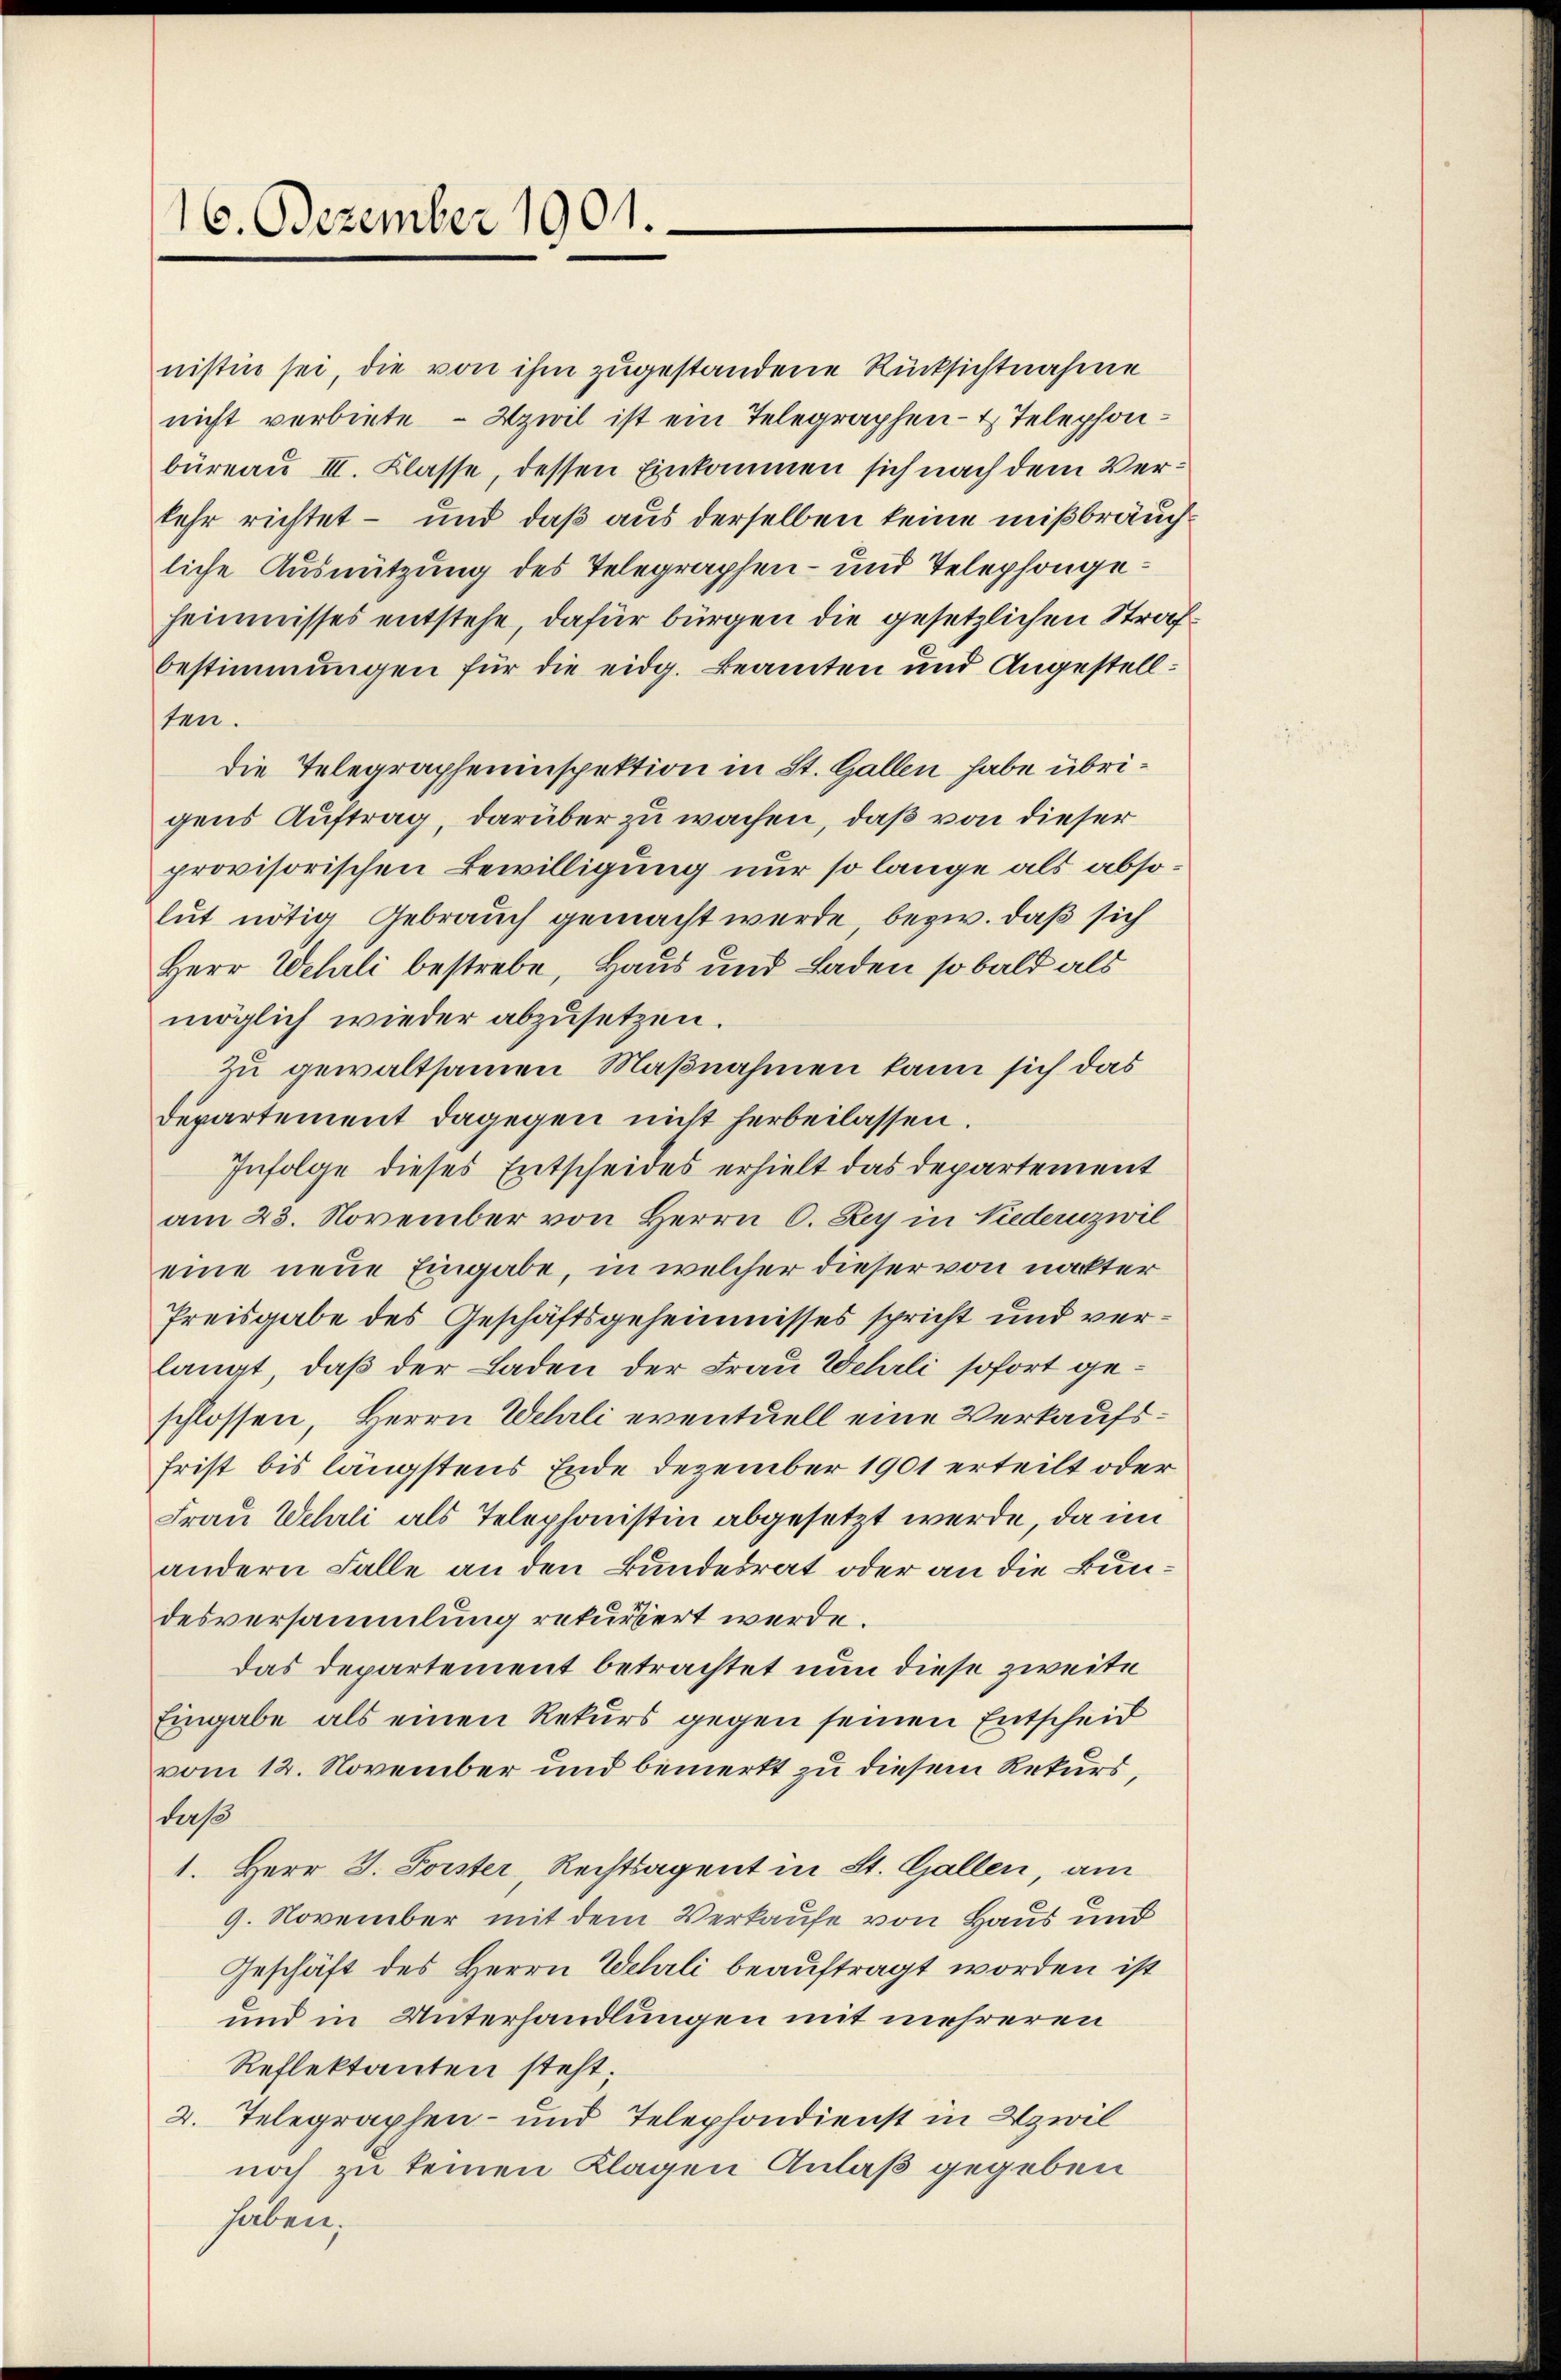
16. Dezember 1901.

nistin sei, die von ihm zugestandene Rücksichtnahme
nicht verbiete – Uzwil ist ein Telegraphen- & Telephonbüreau III. Klasse, dessen Einkommen sich nach dem Versehr richtet – und daß aus derselben keine mißbräuchliche Ausnützung des Telegraphen- und Telephongeheimisses entstehe, dafür bürgen die gesetzlichen Strafbestimmungen für die eidg. Beamten und Angestellten.
die Telegrapheninspektion in St. Gallen habe übrigens Auftrag, darüber zu wachen, daß von dieser
provisorischen Bewilligung nur so lange als absolut nötig Gebrauch gemacht werde, bezw. daß sich
Herr Wehrli bestrebe, Haus und Laden so bald als
möglich wieder abzusetzen.
zu gewaltsamen Maßnahmen kann sich das
Departement dagegen nicht herbeilassen.
Infolge dieses Entscheides erhielt das Departement
am 23. November von Herrn C. Rey in Niederzwil
eine neue Eingabe, in welcher dieser von nackter
Preisgabe des Geschäftsgeheimisses spricht und verlangt, daß der Laden der Frau Wehrli sofort geschlossen, Herrn Wehrli eventuell eine Verkaufs¬
Frist bis längstens Ende Dezember 1901 erteilt oder
Frau Wehrli als Telephonistin abgesetzt werde, da im
andern Falle an den Bundesrat oder an die Bundesversammlung rekursert werde.
das Departement betrachtet nun diese zweite
Eingabe als einen Rekurs gegen seinen Entscheid
vom 12. November und bemerkt zu diesem Rekurs,
daß
1. Herr J. Forster, Rechtsagent in St. Gallen, am
9. November mit dem Verkaufe von Haus und
Geschäft des Herrn Wehrli beauftragt worden ist
und in Unterhandlungen mit mehreren
Reflektanten steht
2. Telegraphen- und Telephondienst in Uzwil
noch zu keinen Klagen Anlaß gegeben
haben;